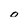
Character: o